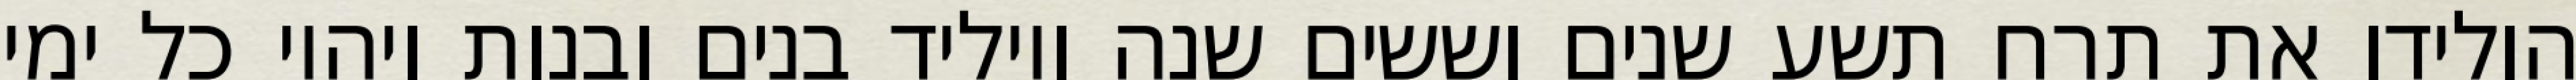
הולידו את תרח תשע שנים וששים שנה ויוליד בנים ובנות ויהיו כל ימי